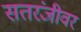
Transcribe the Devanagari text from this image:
सतरंजीवर